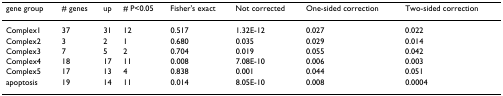
| gene group | # genes | up | # P<0.05 | Fisher's exact | Not corrected | One-sided correction | Two-sided correction |
 | --- | --- | --- | --- | --- | --- | --- | --- |
 | Complex1 | 37 | 31 | 12 | 0.517 | 1.32E-12 | 0.027 | 0.022 |
 | Complex2 | 3 | 2 | 1 | 0.680 | 0.035 | 0.029 | 0.014 |
 | Complex3 | 7 | 5 | 2 | 0.704 | 0.019 | 0.055 | 0.042 |
 | Complex4 | 18 | 17 | 11 | 0.008 | 7.08E-10 | 0.006 | 0.003 |
 | Complex5 | 17 | 13 | 4 | 0.838 | 0.001 | 0.044 | 0.051 |
 | apoptosis | 19 | 14 | 11 | 0.014 | 8.05E-10 | 0.008 | 0.0004 |